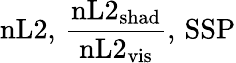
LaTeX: \mathrm{nL2},\, \frac{\mathrm{nL2}_{\mathrm{shad}}}{\mathrm{nL2}_{\mathrm{vis}}},\, \mathrm{SSP}